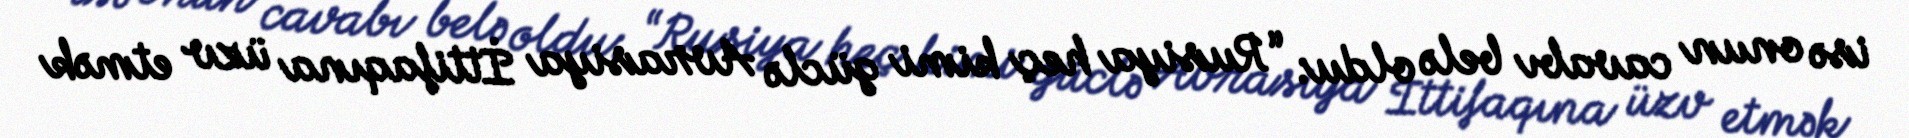
isə onun cavabı belə oldu: “Rusiya heç kimi güclə Avrasiya İttifaqına üzv etmək